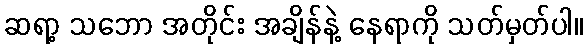
ဆရာ့ သဘော အတိုင်း အချိန်နဲ့ နေရာကို သတ်မှတ်ပါ။